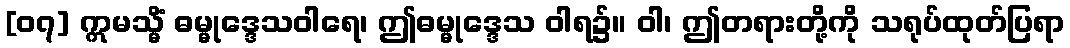
[၀၇] ဣမသ္မိံ ဓမ္မုဒ္ဒေသဝါရေ၊ ဤဓမ္မုဒ္ဒေသ ဝါရ၌။ ဝါ၊ ဤတရားတို့ကို သရုပ်ထုတ်ပြရာ